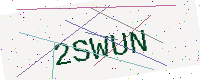
Text: 2SWUN